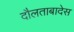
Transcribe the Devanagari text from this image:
दौलताबादेस